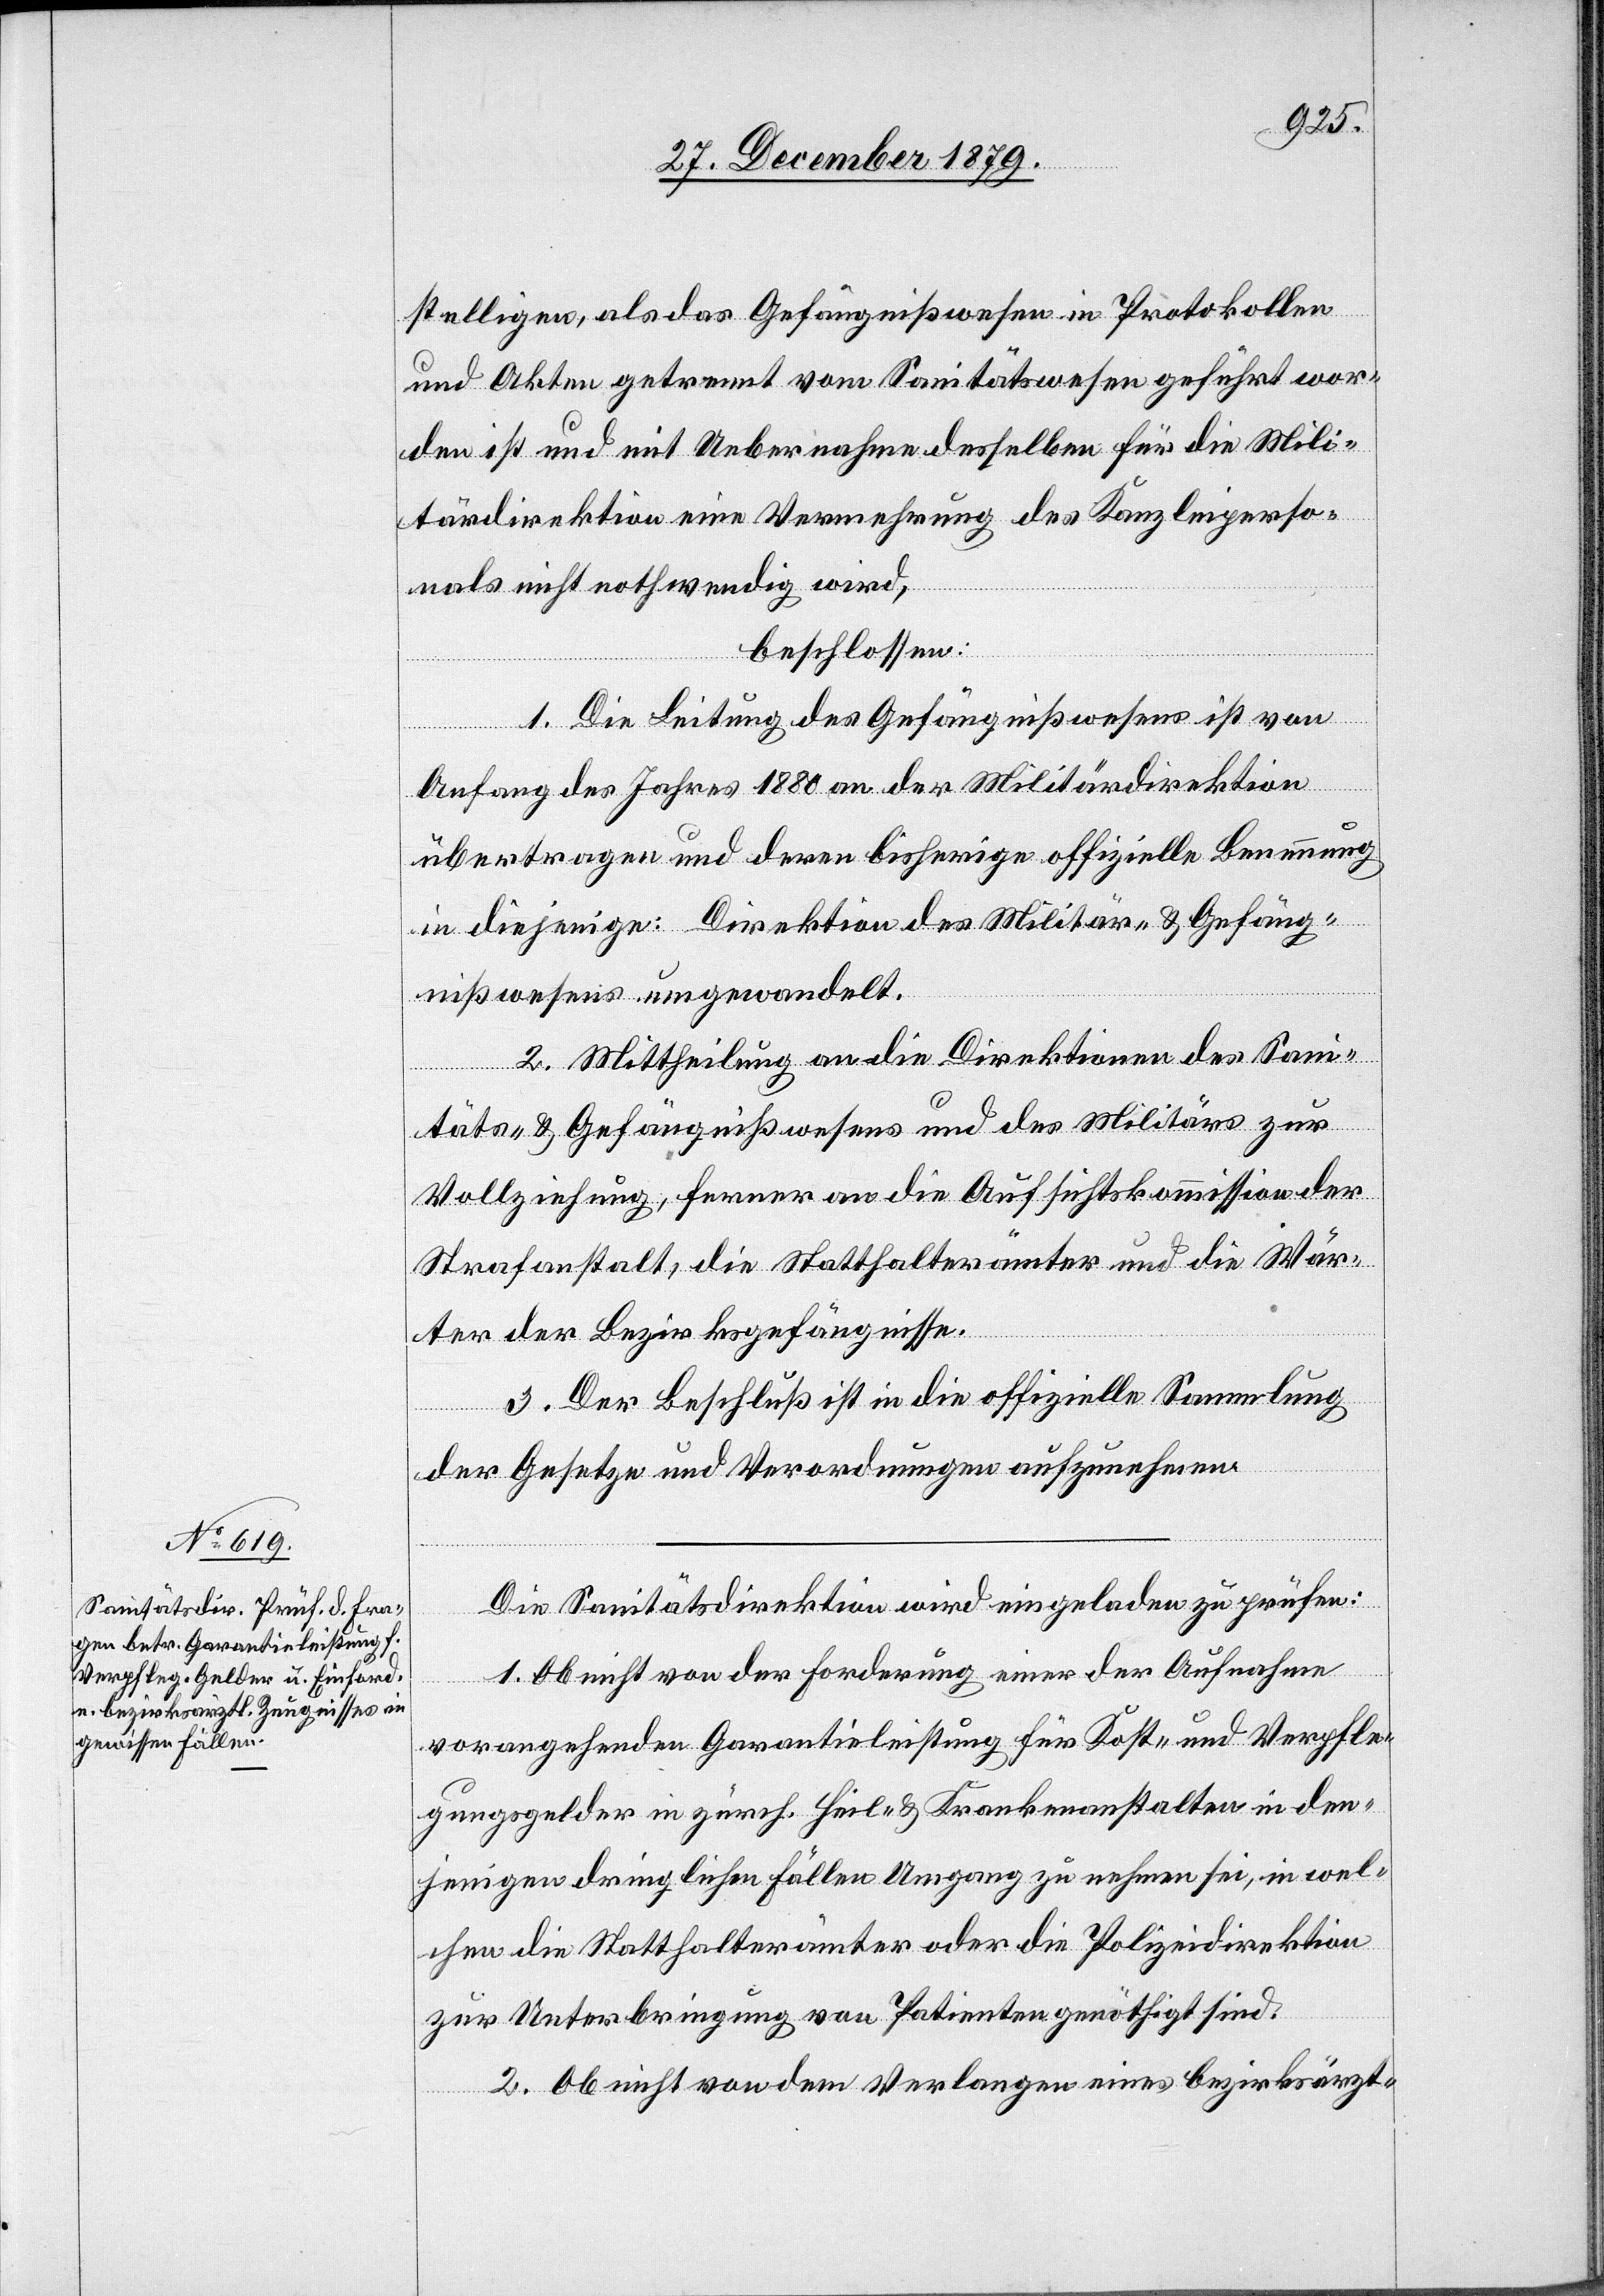
stelligen, als das Gefängnißwesen in Protokollen
und Akten getrennt vom Sanitätswesen geführt wor¬
den ist und mit Uebernahme desselben für die Mili¬
tärdirektion eine Vermehrung des Kanzleiperso¬
nals nicht nothwendig wird,
beschlossen:
1. Die Leitung des Gefängnißwesens ist von
Anfang des Jahres 1880 an der [sic!] Militärdirektion
übertragen und deren bisherige offizielle Benennung
in diejenige: Direktion des Militär- & Gefäng¬
nißwesens umgewandelt.
2. Mittheilung an die Direktion des San¬
itäts- & Gefängnißwesens und des Militärs zur
Vollziehung, ferner an die Aufsichtskommission der
Strafanstalt, die Statthalterämter und die Wär¬
ter der Bezirksgefängnisse.
3. Der Beschluß ist in die offizielle Sammlung
der Gesetze und Verordnungen aufzunehmen.
Die Sanitätsdirektion wird eingeladen zu prüfen:
1. Ob nicht von der Forderung einer der Aufnahme
vorangehenden Garantieleistung für Kost- und Verpfle¬
gungsgelder in zürch. Heil- & Krankenanstalten in den¬
jenigen dringlichen Fällen Umgang zu nehmen sei, in wel¬
chen die Statthalterämter oder die Polizeidirektion
zur Unterbringung von Patienten genöthigt sind.
2. Ob nicht von dem Verlangen eines bezirksärzt-